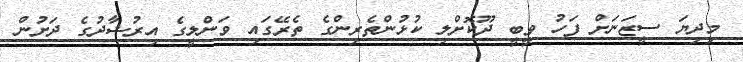
މިދިޔަ ސީޒަނަށް ފަހު ވީބީ ދޫކޮށްލި ކުޅުންތެރިންގެ ތެރޭގައި ވަންލީގެ އިރުޝާދުގެ ދަށުން